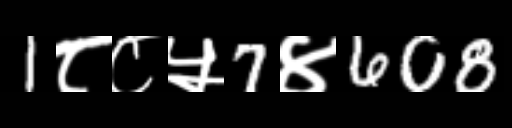
Text: 1८८५7४608